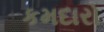
કમદારો